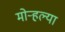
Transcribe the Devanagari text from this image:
मोर्‍हल्या